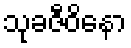
သုခဇီဝိနော